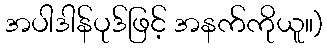
အပါဒါန်ပုဒ်ဖြင့် အနက်ကိုယူ။)